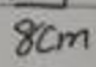
$8cm$